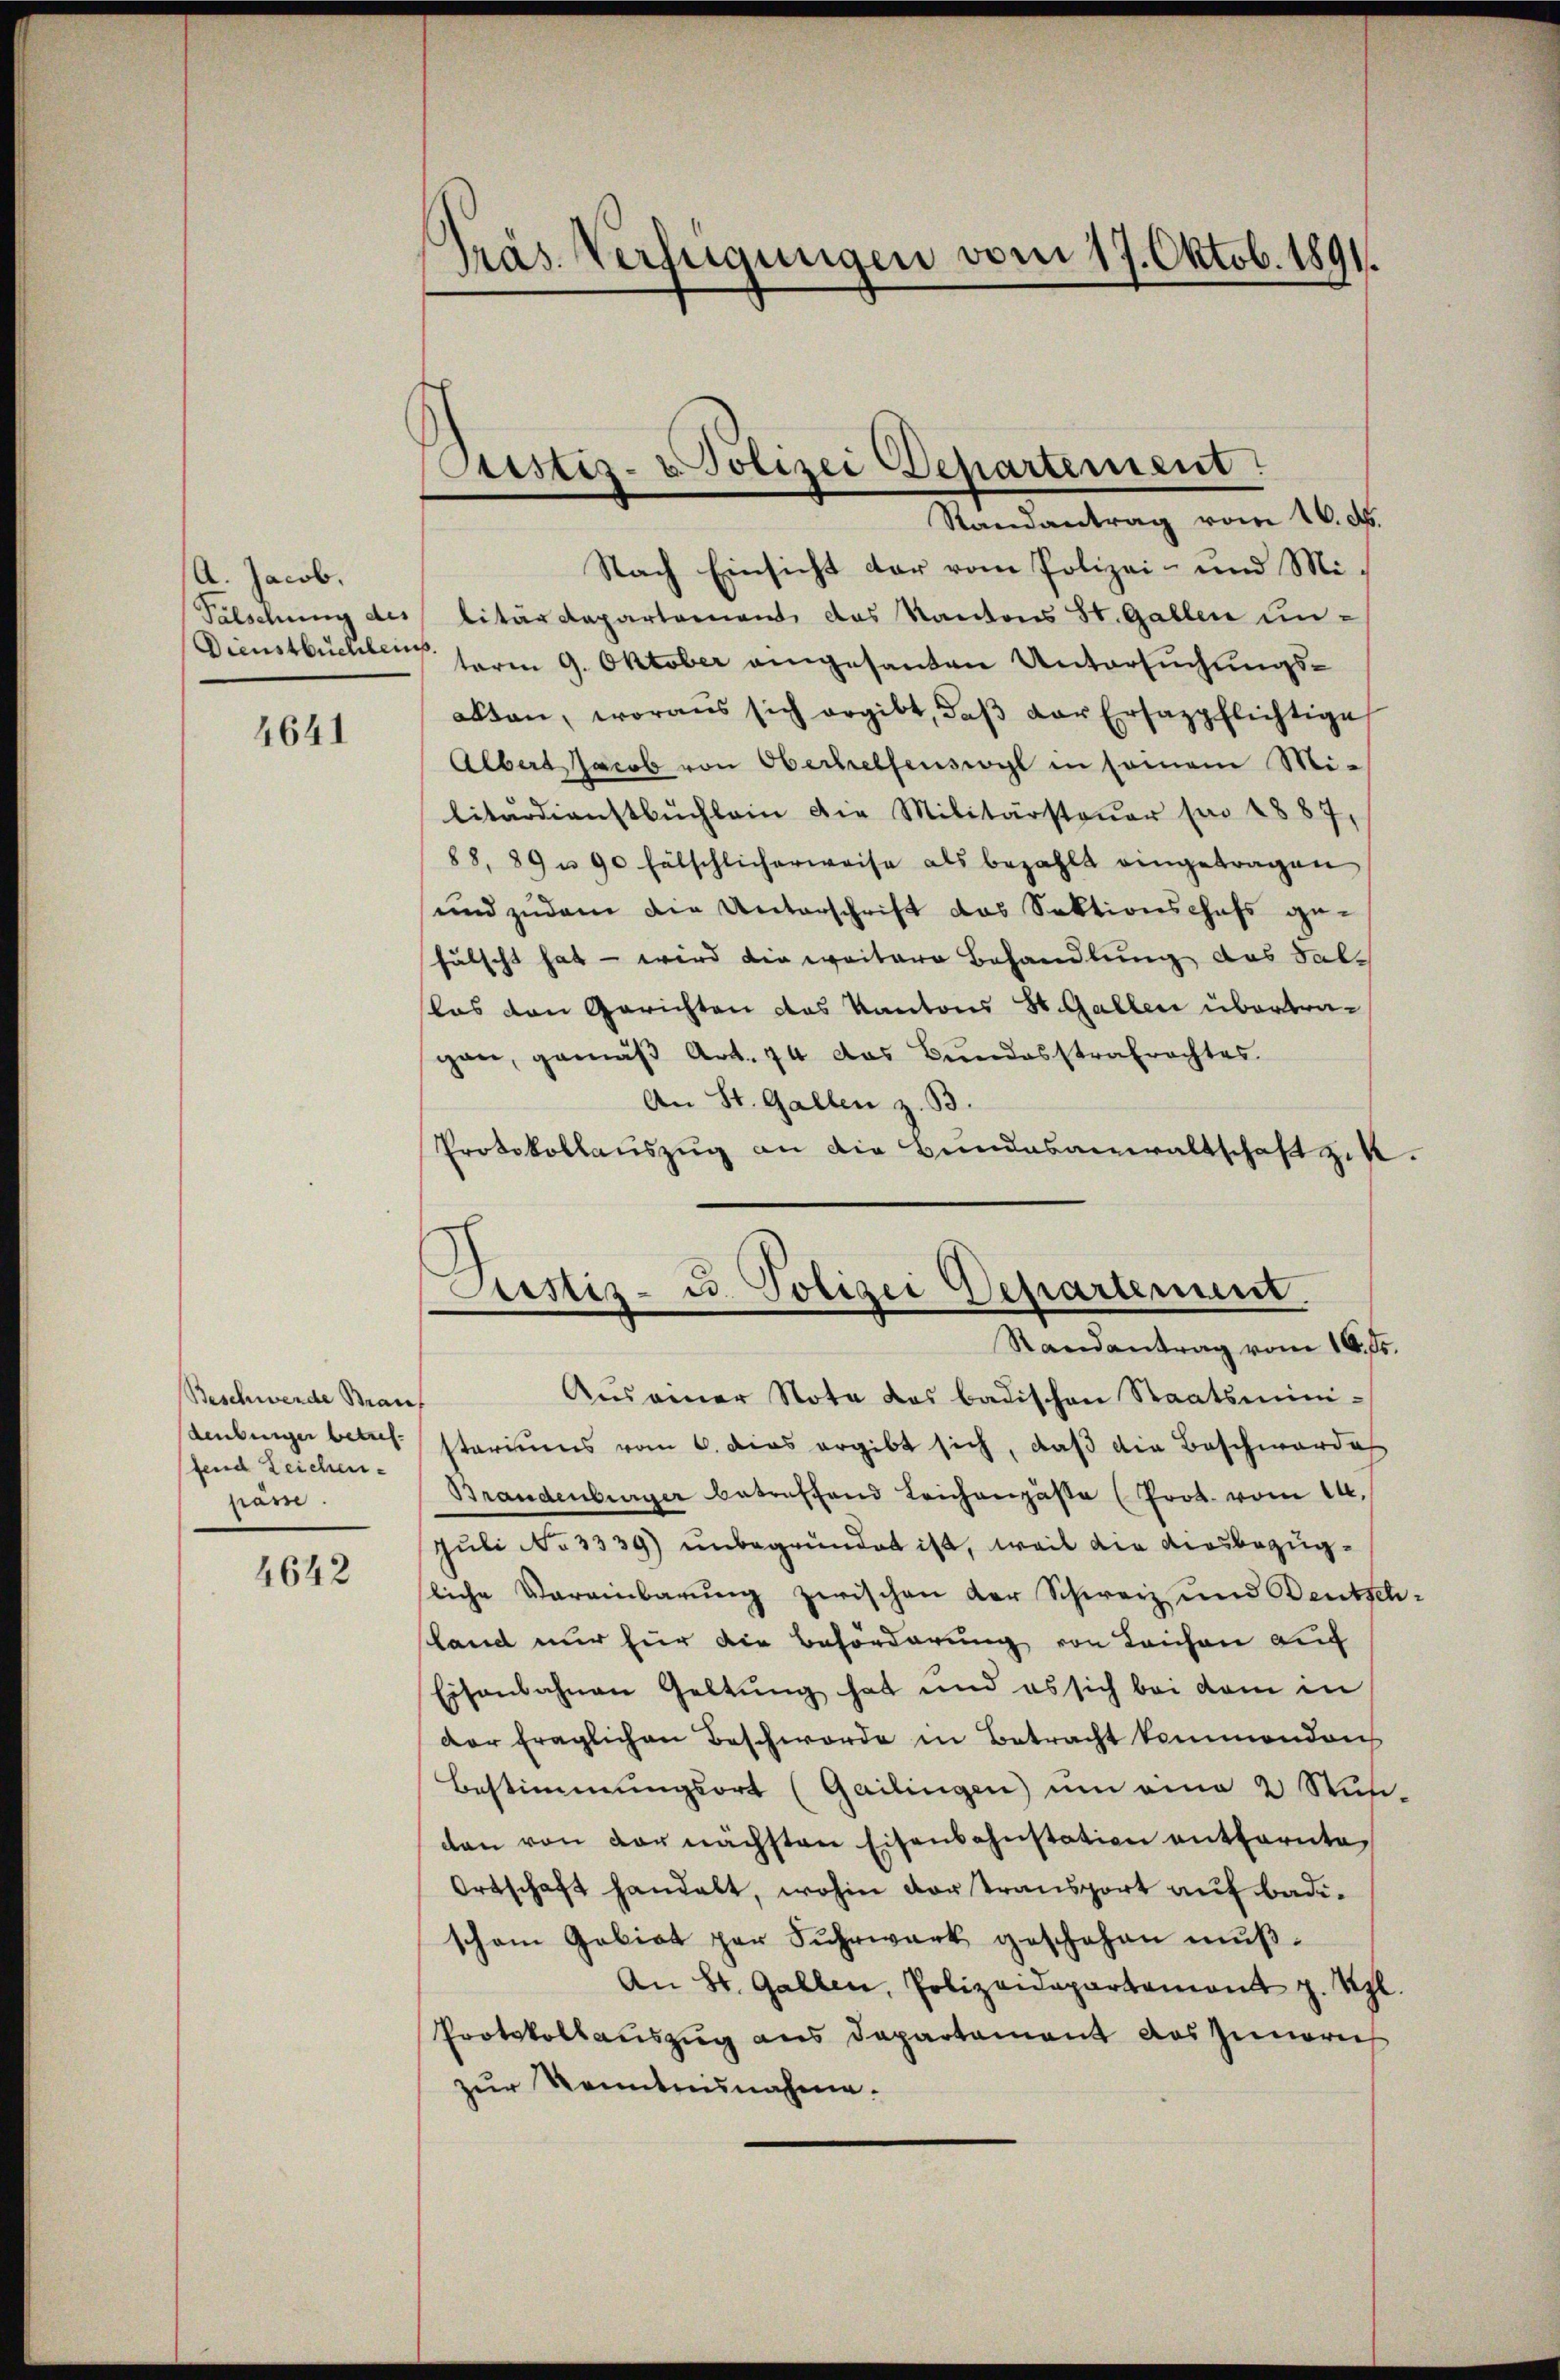
A. Jacob.
Fälschung des
Dienstbüchlein

4641

Beschwende Bran
denburger betreffend Zeichen-
päre.

4642

Präs. Verfügungen vom 17. Oktob. 1891.

tistiz- u. Polizei Departement
Randantrag vom 16. d.

Nach Einsicht dar vom Polizei- und Mi-
litärdepartement das Kantons St. Gallen un¬
¬
term 9. Oktober eingesandten Untersuchungsakten, woraus sich ergibt, daβ der Ersazpflichtige
Albert Jacob von Oberhelfenswyl in seinem Mi-
litärdienstbüchlein die Militärsteŭer pro 1887,
88. 89 u 90 fälschlicherweise als bezahlt eingetragen
und zudem die Unterschrift das Sektionschefs gehälscht hat — wird die weitere Behandlung das Sallas den Gerichten das Kantons St. Gallen übertragen, gemäß Art. 74 das Bundesstrafrachtes.
An St. Gallen z. B.
Protokollauszug an die Bundesanwaltschaft zit.

Justiz- u. Polizei Departement.
Randantrag vom 16. ds.

Auseiner Nota das badischen Staatsministariums vom 6. dies ergibt sich, daß die Beschwordes
Brandenburger betreffend Leichengäste (Prot. vom 14.
Juli No 3339) unbegründet ist, weil die diesbezügsliche Vereinbarung zwischen der Schweiz und Deutschsland nur für die Beförderung von Leichen auf
Eisenbahnen Geltung hat und es sich bei dem in
der fraglichen Beschwerde in Betracht kommenden
Bestimmungsort (Gailingen) um eine 2 Stun
dan von der nächsten Eisenbahnstation entfernte,
Ortschaft handelt, wohin vortransport auf Badischon Gebiet par Fuhrwerk geschehen mŭβ-
An St. Gallen, Polizeidepartament z. Thl.
Protokollauszug aus Departament das Innerich
zur Kenntnunahme.